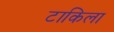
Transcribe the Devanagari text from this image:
टाकिला